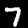
Digit: 7